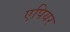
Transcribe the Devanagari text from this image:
एपियर